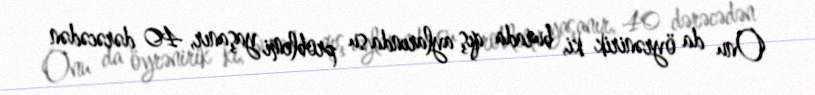
Onu da öyrənirik ki, burada qış aylarında su problemi yaşanır, 40 dərəcədən